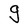
Character: g